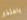
باعتذار